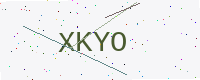
Text: XKYO